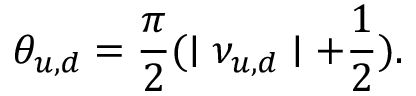
\theta _ { u , d } = \frac { \pi } { 2 } ( \mid \nu _ { u , d } \mid + \frac { 1 } { 2 } ) .